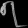
Digit: ၇